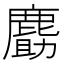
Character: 𪊹